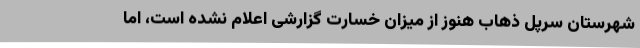
شهرستان سرپل ذهاب هنوز از میزان خسارت گزارشی اعلام نشده است، اما